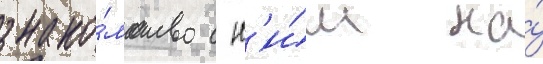
знако́мство с н'и́м на́